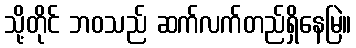
သို့တိုင် ဘဝသည် ဆက်လက်တည်ရှိနေမြဲ။